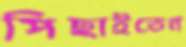
পিছাইতেন